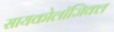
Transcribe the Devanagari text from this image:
सायकोलाॅजिक्ल